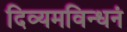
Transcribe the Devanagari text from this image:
दिव्यमविन्धनं